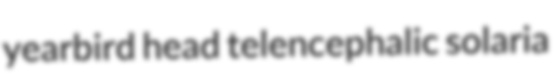
yearbird head telencephalic solaria